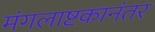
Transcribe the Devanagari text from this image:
मंगलाष्टकानंतर